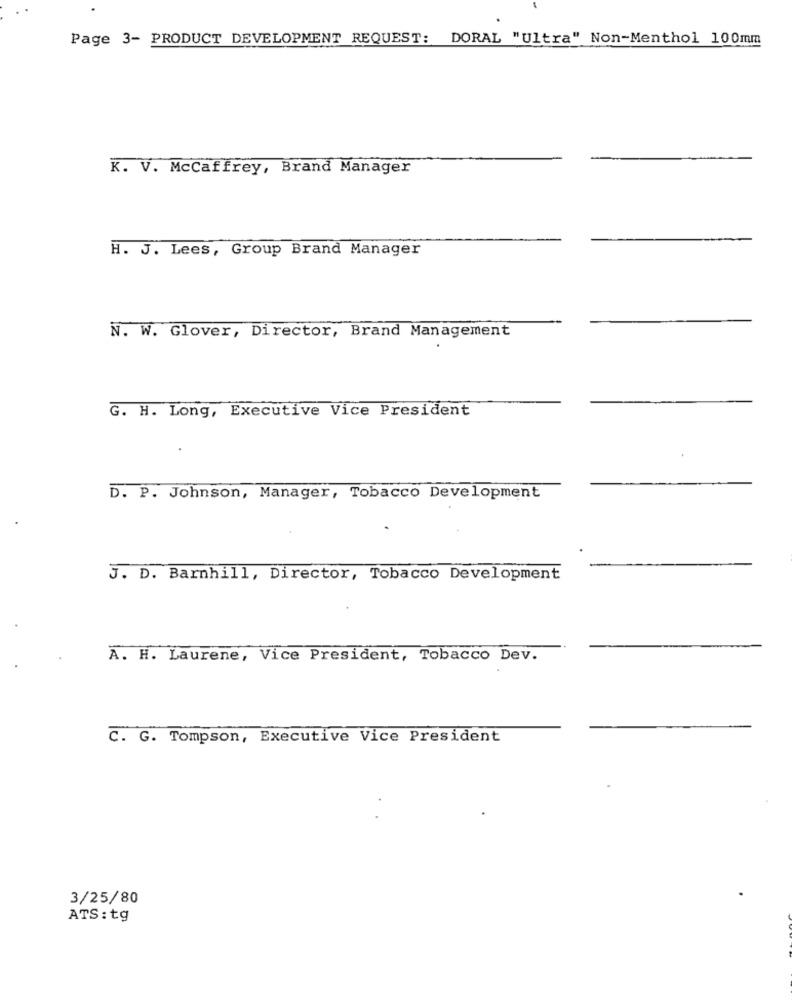
Page 3- PRODUCT DEVELOPMENT REQUEST: DORAL "Ultra" Non-Menthol 100mm
K. V. McCaffrey, Brand Manager
H. J. Lees, Group Brand Manager
N. W. Glover, Director, Brand Management
G. H. Long, Executive Vice President
D. P. Johnson, Manager, Tobacco Development
J. D. Barnhill, Director, Tobacco Development
A. H. Laurene, Vice President, Tobacco Dev.
C. G. Tompson, Executive Vice President
3/25/80
ATS: tg